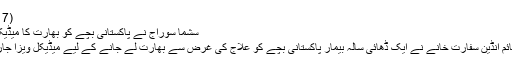
(13.06.2017)
سُشما سوراج نے پاکستانی بچے کو بھارت کا میڈیکل ویزا دے دیا
اسلام آباد میں قائم انڈین سفارت خانے نے ایک ڈھائی سالہ بیمار پاکستانی بچے کو علاج کی غرض سے بھارت لے جانے کے لیے میڈیکل ویزا جاری کر دیا ہے۔